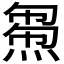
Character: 𤌝